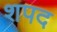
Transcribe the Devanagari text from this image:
शपद